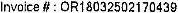
INVOICE # : OR18032502170439